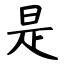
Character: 是